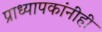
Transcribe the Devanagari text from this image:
प्राध्यापकांनीही